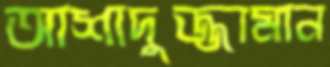
আশাদুজ্জামান